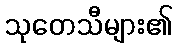
သုတေသီများ၏